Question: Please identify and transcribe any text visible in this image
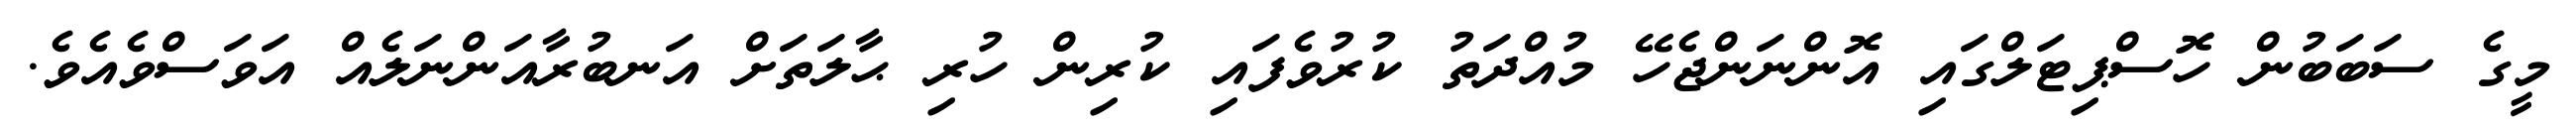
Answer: މީގެ ސަބަބުން ހޮސްޕިޓަލްގައި އޮންނަންޖެހޭ މުއްދަތު ކުރުވެފައި ކުރިން ހުރި ޙާލަތަށް އަނބުރާއަންނަލެއް އަވަސްވެއެވެ.